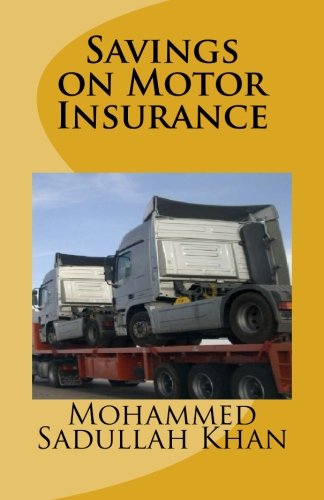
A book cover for Savings on Motor Insurance; Mr. Mohammed Sadullah Khan; Engineering & Transportation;